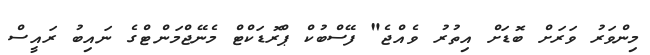
މިންވަރު ވަރަށް ބޮޑަށް އިތުރު ވެއްޖެ" ފޭސްބުކް ޕްރޮޑަކްޓް މެނޭޖްމަންޓްގެ ނައިބު ރައީސް